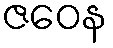
ဇဝေန